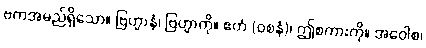
ဗကအမည်ရှိသော။ ဗြဟ္မာနံ၊ ဗြဟ္မာကို။ ဧတံ (ဝစနံ)၊ ဤစကားကို။ အဝေါစ၊